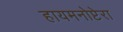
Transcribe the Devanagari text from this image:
हायमनोप्टेरा